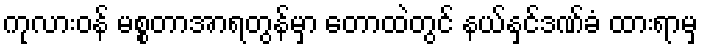
ကုလားဝန် မစ္စတာအာရတွန်မှာ တောထဲတွင် နယ်နှင်ဒဏ်ခံ ထားရာမှ